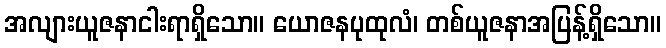
အလျားယူဇနာငါးရာရှိသော။ ယောဇနပုထုလံ၊ တစ်ယူဇနာအပြန့်ရှိသော။